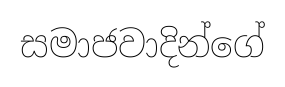
සමාජවාදින්ගේ